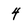
Character: 4